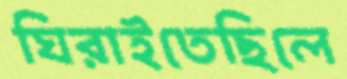
ঘিরাইতেছিলে